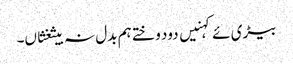
بیڑی ئے کہنیں دود وختے ہم بدل نہ بیثغثاں۔